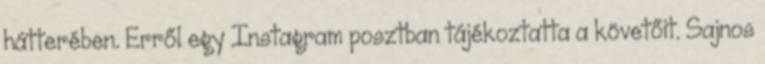
hátterében. Erről egy Instagram posztban tájékoztatta a követőit. Sajnos